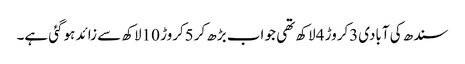
سندھ کی آبادی3کروڑ 4لاکھ تھی جو اب بڑھ کر5کروڑ 10لاکھ سے زائد ہوگئی ہے۔